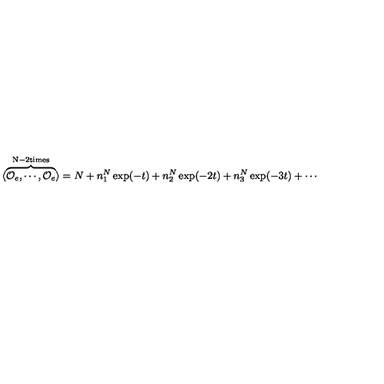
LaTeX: \langle \overbrace { { \cal O } _ { e } , \cdots , { \cal O } _ { e } } ^ { \mathrm { N - 2 t i m e s } } \rangle = N + n _ { 1 } ^ { N } \exp ( - t ) + n _ { 2 } ^ { N } \exp ( - 2 t ) + n _ { 3 } ^ { N } \exp ( - 3 t ) + \cdots